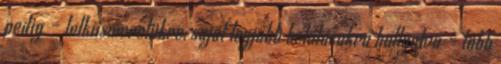
pedig – lelkiismeretükre, saját legjobb belátásukra hallgatva – több